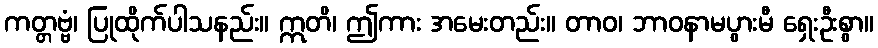
ကတ္တဗ္ဗံ၊ ပြုထိုက်ပါသနည်း။ ဣတိ၊ ဤကား အမေးတည်း။ တာဝ၊ ဘာဝနာမပွားမီ ရှေးဦးစွာ။